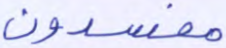
مفسدون